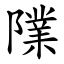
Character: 䧨